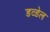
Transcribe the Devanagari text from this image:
डव्डेल